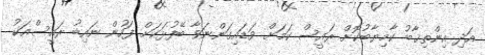
އަދި އިންތިޚާބު ކާމިޔާބުކޮށް ރައީސް ކަމަށް ވަޑައިގަންނަވާ ބޭފުޅަކަށް ފަހުން ނައިބު ރައީސްއަކު